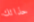
حذائك